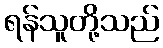
ရန်သူတို့သည်